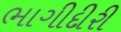
ભાગીદીરી